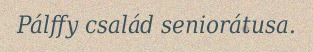
Pálffy család seniorátusa.